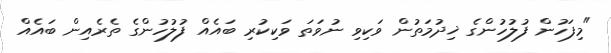
"މިފަހުން ފުލުހުންގެ ޚިދުމަތުން ވަކިވި ނުވަތަ ވަކިކުރި ބައެއް ފުލުހުންގެ ތެރެއިން ބައެއް